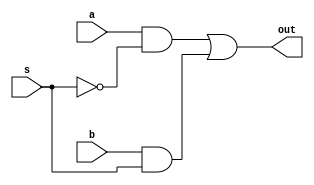
module MUX2x1(output out, input a, b, s);
    wire and_1, and_2, s_comp;
    not (s_comp,s);
    and (and_1,a,s_comp);
    and (and_2,b,s);
    or (out,and_1,and_2);
endmodule